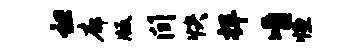
袒廓版间快捍嚼恒